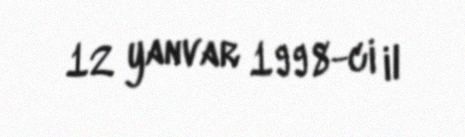
12 yanvar 1998-ci il